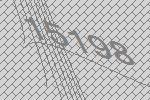
15198